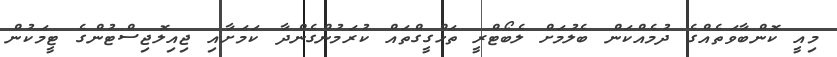
މިއީ ކޮންބާވަތެއްގެ ދުމެއްކަން ބެލުމަށް ލެބޯޓްރީ ތަހްގީގްތައް ކުރަމުންގެންދާ ކަމަށާއި ޖިއިލޮޖިސްޓުންގެ ޓީމަކުން